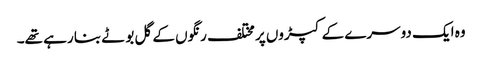
وہ ایک دوسرے کے کپڑوں پر مختلف رنگوں کے گل بوٹے بنا رہے تھے۔